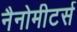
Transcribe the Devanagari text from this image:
नैनोमीटर्स